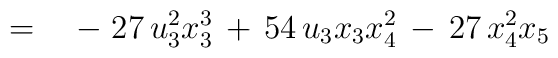
\qquad\qquad = \quad -\; 27\,u_3^2x_3^3 \,+\,                        54\,u_3x_3x_4^2 \,-\, 27\,x_4^2x_5